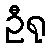
ဦရု